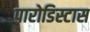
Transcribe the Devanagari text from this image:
पारोडिस्टास